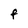
Character: F